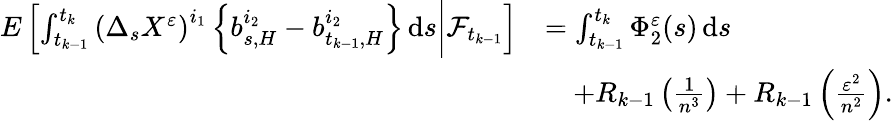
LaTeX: \begin{array}{rl}{E\left[\int_{t_{k-1}}^{t_{k}}\left(\Delta_{s}X^{\varepsilon}\right)^{i_{1}}\left\{ b_{s,H}^{i_{2}}-b_{t_{k-1},H}^{i_{2}}\right\} \, \mathrm{d}s\bigg|\mathcal{F}_{t_{k-1}}\right]}&{=\int_{t_{k-1}}^{t_{k}}\Phi_{2}^{\varepsilon}(s)\, \mathrm{d}s}\\ &{\quad+R_{k-1}\left(\frac{1}{n^{3}}\right)+R_{k-1}\left(\frac{\varepsilon^{2}}{n^{2}}\right).}\end{array}